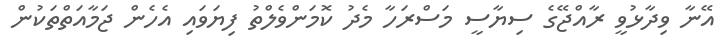
އޭނާ ވިދާޅުވީ ރާއްޖޭގެ ސިޔާސީ މަސްރަހާ މެދު ކޮމަންވެލްތު ފިޔަވައި އެހެން ޖަމާއަތްތަކުން